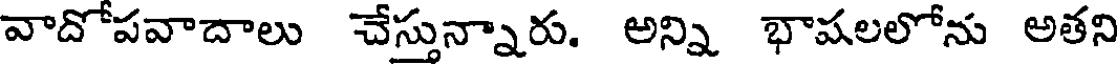
వాదోపవాదాలు చేస్తున్నారు. అన్ని భాషలలోను అతని